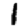
Digit: 1